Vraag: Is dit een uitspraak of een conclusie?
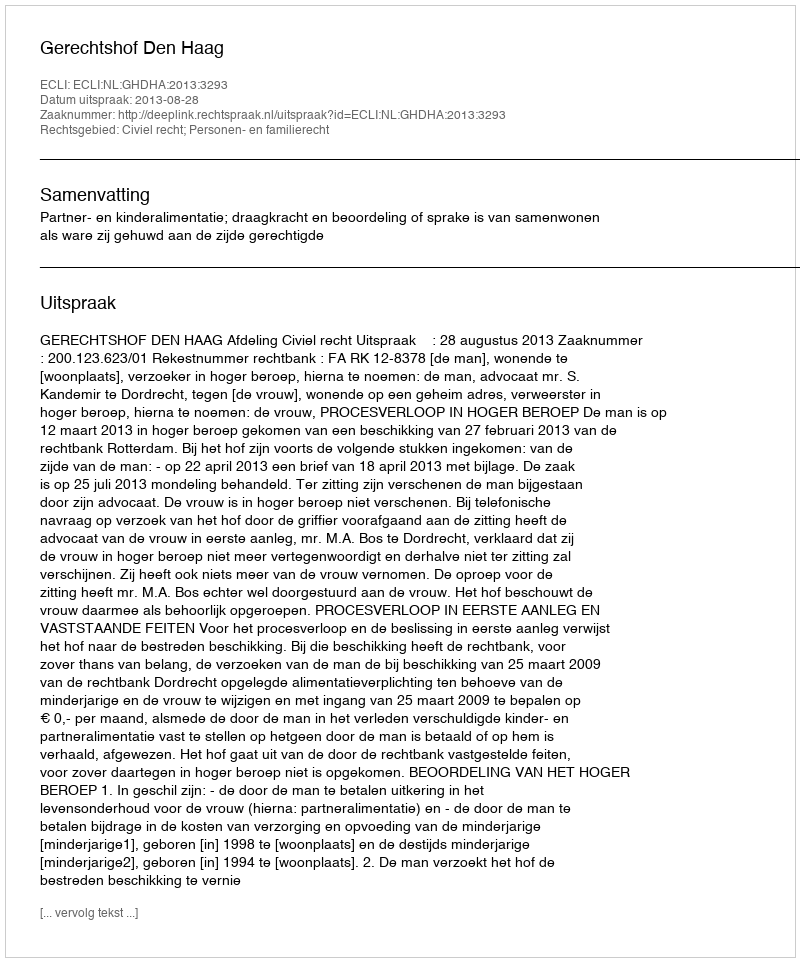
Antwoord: Uitspraak